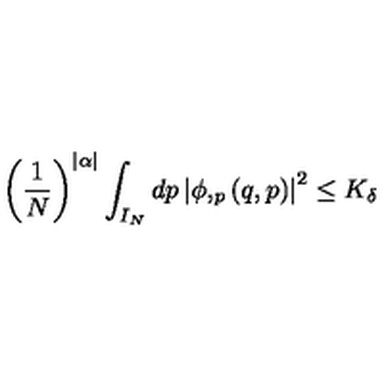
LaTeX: \left( \frac 1 N \right) ^ { | \alpha | } \int _ { I _ { N } } d p \left| \phi , _ { p } \left( q , p \right) \right| ^ { 2 } \leq K _ { \delta }